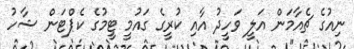
ނިއުގެ ޗެއާމަން އަލީ ވަހީދު އާއި ކުރީގެ ގައުމީ ޓީމުގެ ކެޕްޓަން ޝާހު